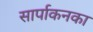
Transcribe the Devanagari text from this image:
सार्पाकनका